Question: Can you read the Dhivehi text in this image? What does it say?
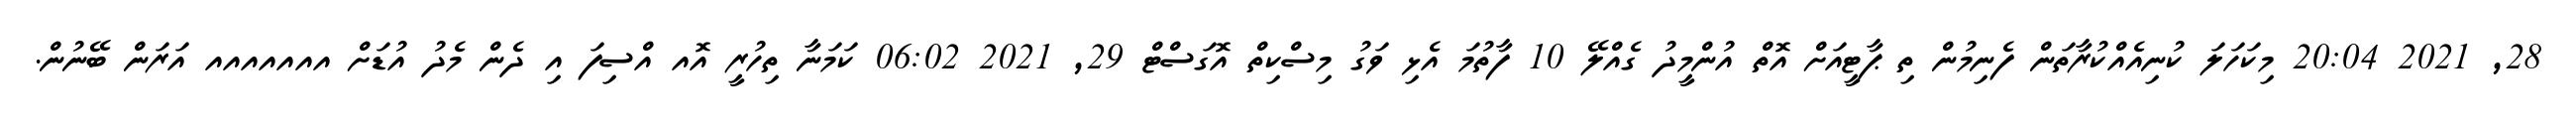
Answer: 28, 2021 20:04 މިކަހަލަ ކުނިއެއްކުރާތަން ފެނިމުން ތި ޕާޓީއަށް އޮތް އުންމީދު ގެއްލޭ 10 ފާތުމަ އެޅި ވަގު މިސްކިތް އޮގަސްޓް 29, 2021 06:02 ކަމަނާ ތިހުރީ އޮއ އްސިފަ އި ދެން މެދު އުޑަށް އއއއއއއ އަރަން ބޭނުން.